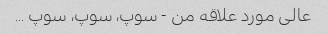
عالی مورد علاقه من - سوپ، سوپ، سوپ ...